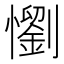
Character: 懰